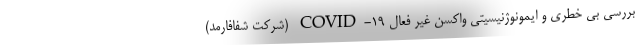
بررسی بی خطری و ایمونوژنیسیتی واکسن غیر فعال COVID-۱۹ (شرکت شفافارمد)